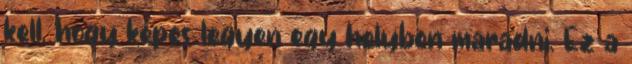
kell, hogy képes legyen egy helyben maradni. Ez a